65_HS1-834228961_62-HQ-83894_Section_10
Agency: FBI
Page 110
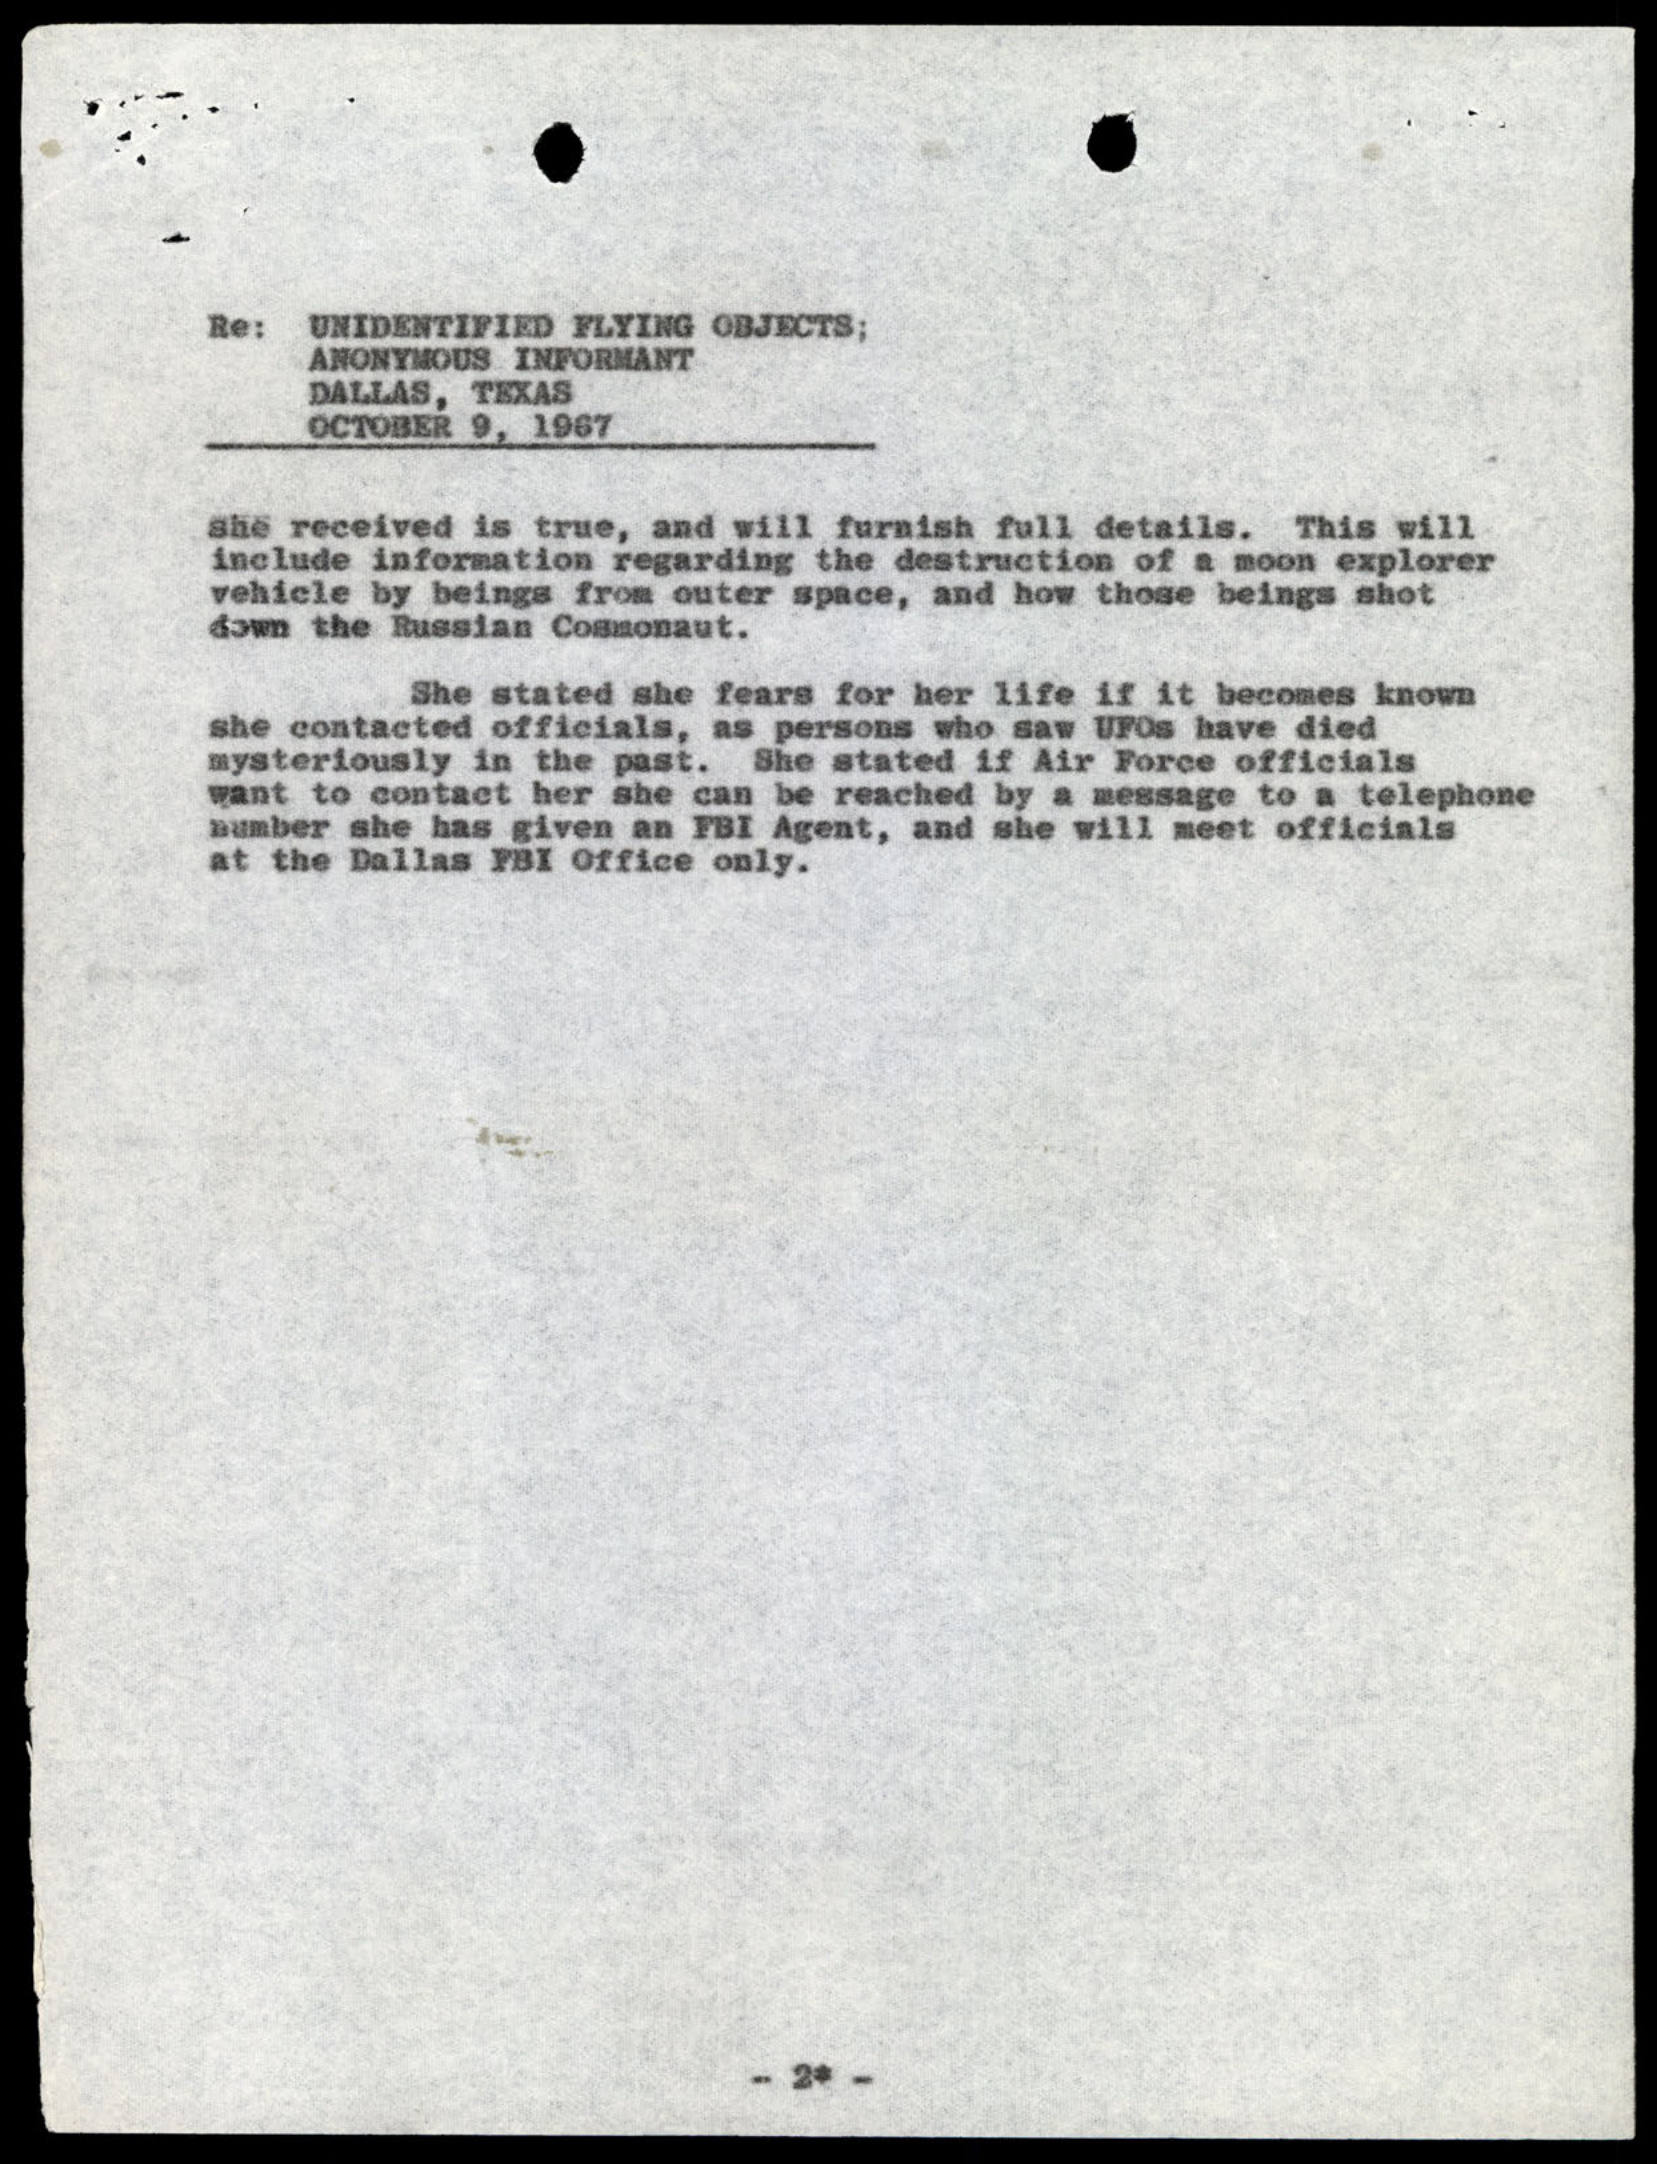